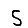
Digit: 5